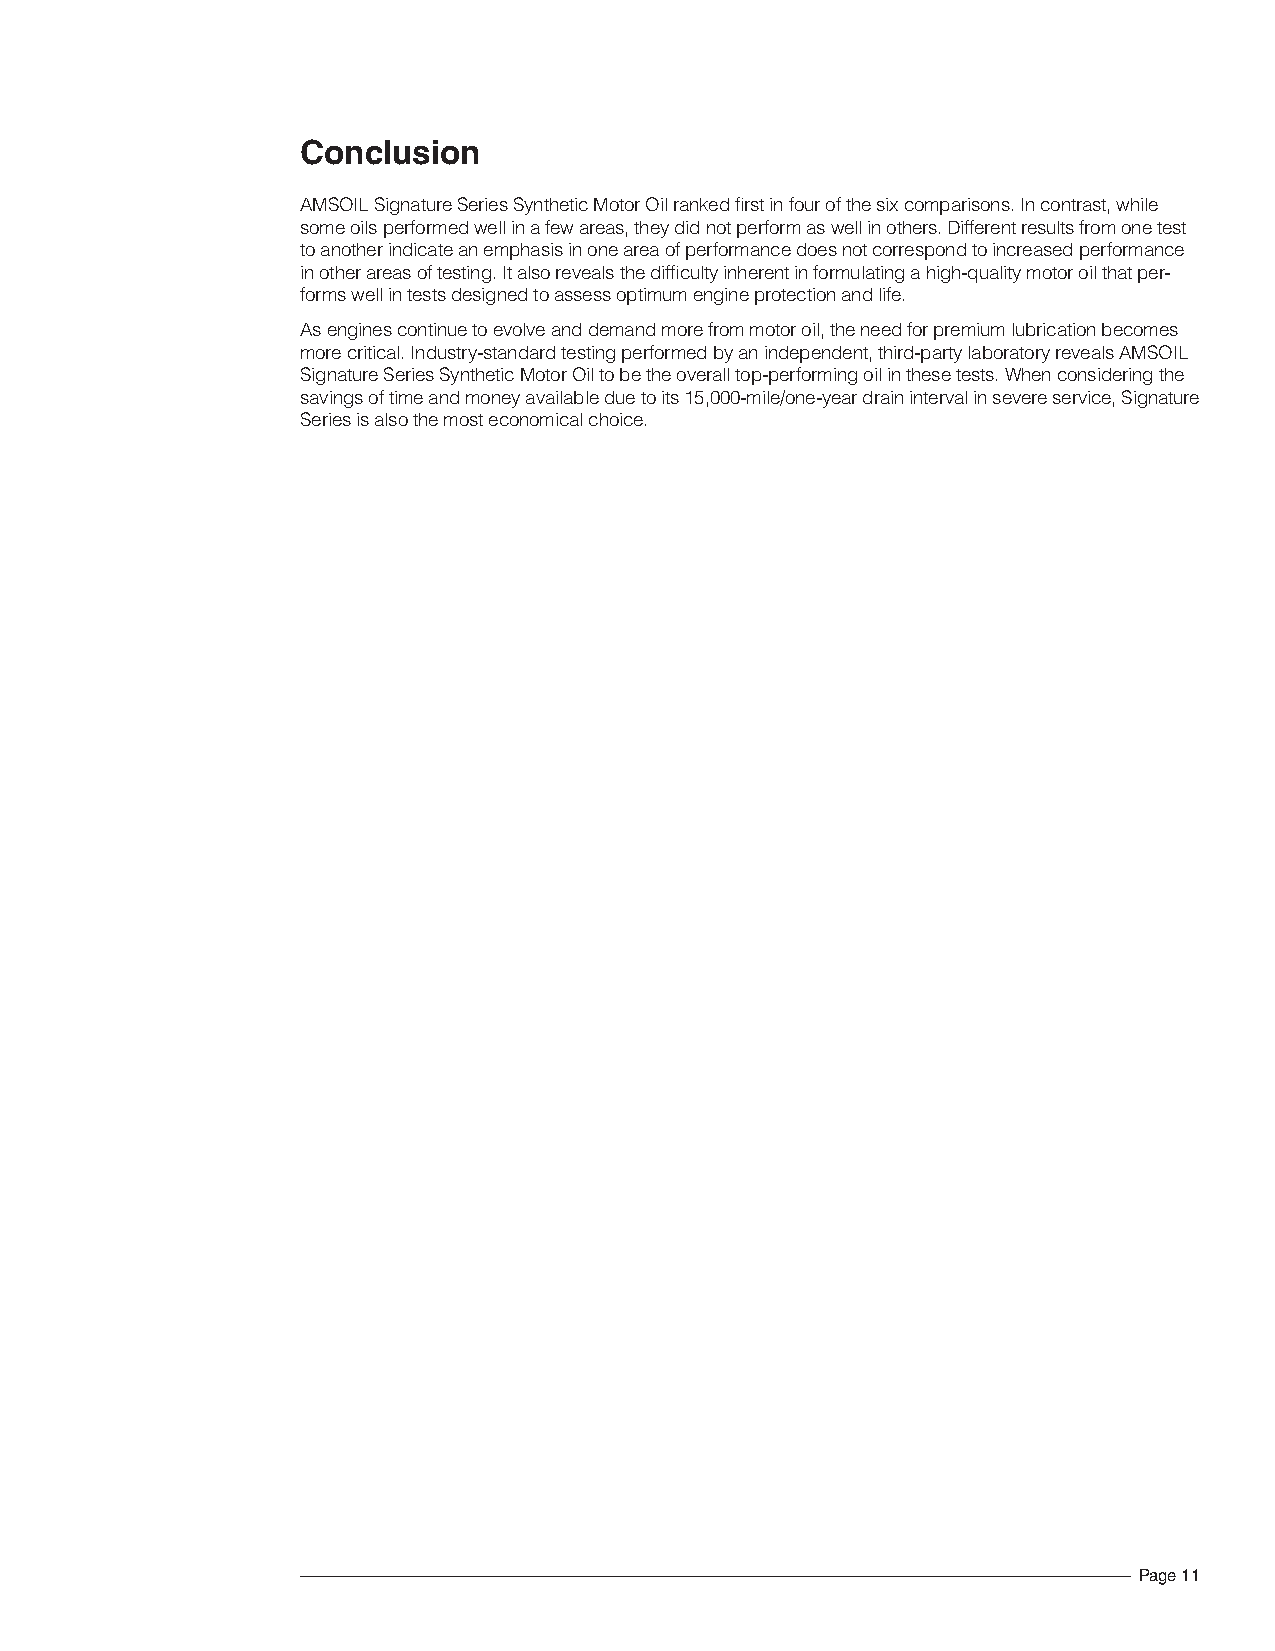
Conclusion
 AMSOIL Signature Series Synthetic Motor Oil ranked first in four of the six comparisons. In contrast, while
 some oils performed well in a few areas, they did not perform as well in others. Different results from one test
 to another indicate an emphasis in one area of performance does not correspond to increased performance
 in other areas of testing. It also reveals the difficulty inherent in formulating a high-quality motor oil that per-
 forms well in tests designed to assess optimum engine protection and life.
 As engines continue to evolve and demand more from motor oil, the need for premium lubrication becomes
 more critical. Industry-standard testing performed by an independent, third-party laboratory reveals AMSOIL
 Signature Series Synthetic Motor Oil to be the overall top-performing oil in these tests. When considering the
 savings of time and money available due to its 15,000-mile/one-year drain interval in severe service, Signature
 Series is also the most economical choice.
 Page 11